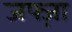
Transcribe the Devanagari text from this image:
जफ्ज़ा